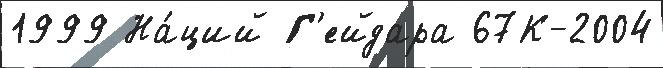
1999 На́ций Г'ейдара 67К-2004